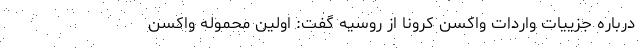
درباره جزییات واردات واکسن کرونا از روسیه گفت: اولین محموله واکسن